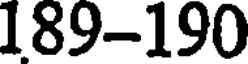
189-190